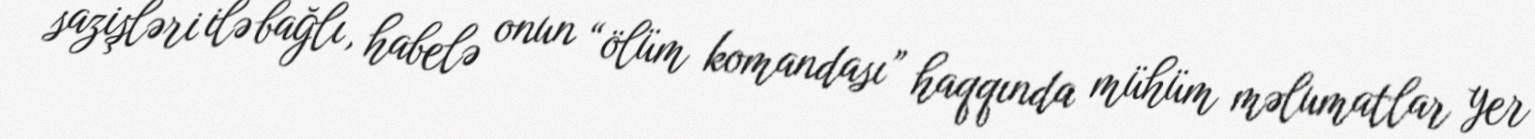
sazişləri ilə bağlı, habelə onun “ölüm komandası” haqqında mühüm məlumatlar yer